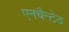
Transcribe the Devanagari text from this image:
एनचैन्टेड